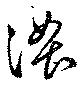
濃